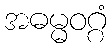
အဓမ္မဝဂ္ဂံ